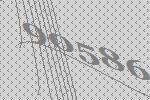
90586